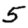
Digit: 5